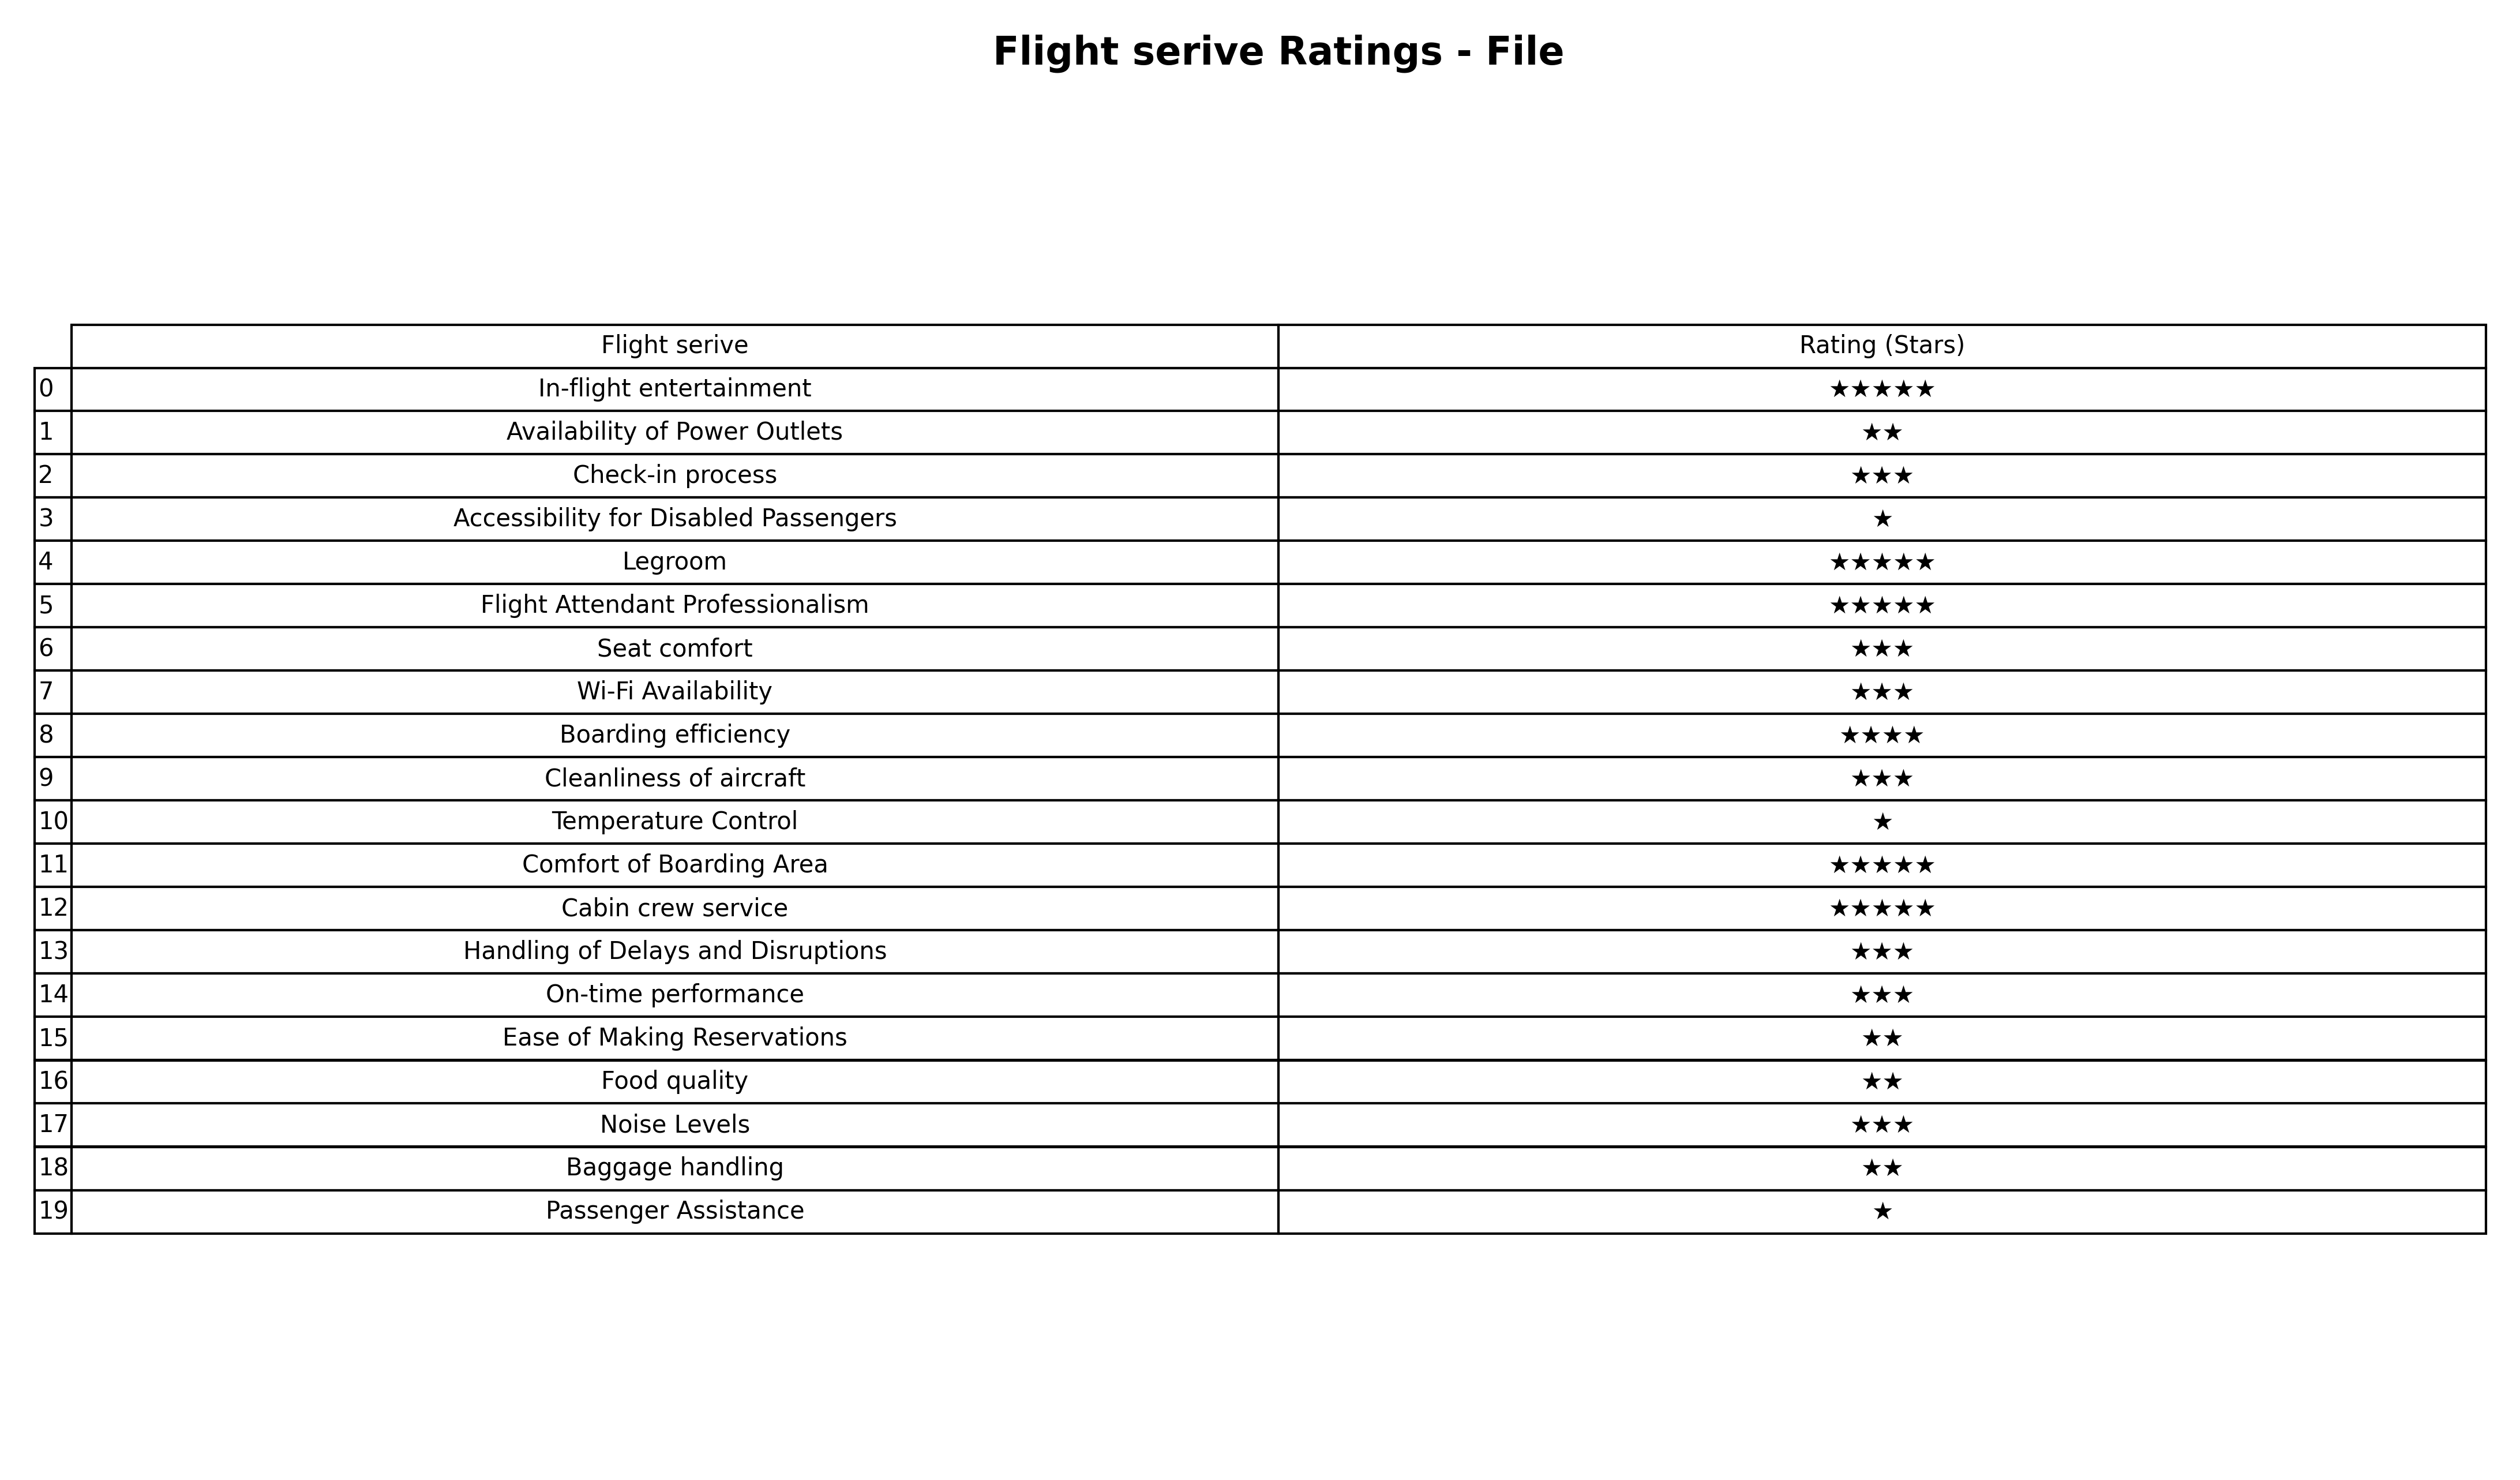
question: What is the rating of Passenger Assistance?
answer: ★